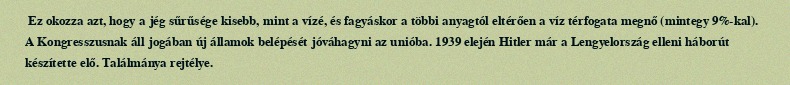
Ez okozza azt, hogy a jég sűrűsége kisebb, mint a vízé, és fagyáskor a többi anyagtól eltérően a víz térfogata megnő (mintegy 9%-kal). A Kongresszusnak áll jogában új államok belépését jóváhagyni az unióba. 1939 elején Hitler már a Lengyelország elleni háborút készítette elő. Találmánya rejtélye.